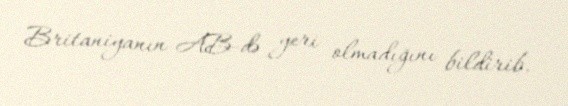
Britaniyanın AB-də yeri olmadığını bildirib.